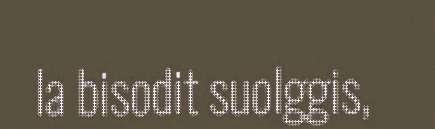
la bisodit suolggis,